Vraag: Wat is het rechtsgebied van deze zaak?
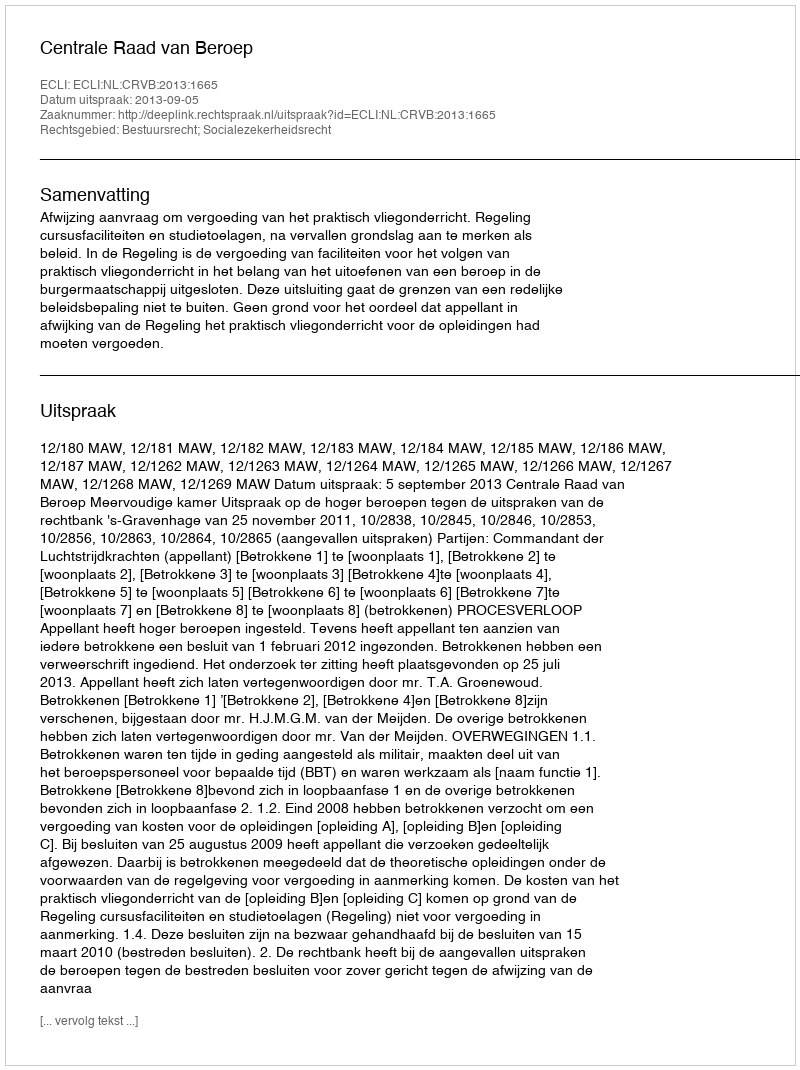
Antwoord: Bestuursrecht; Socialezekerheidsrecht